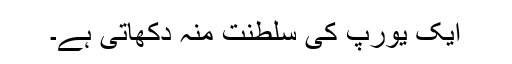
ایک یورپ کی سلطنت منہ دکھاتی ہے۔